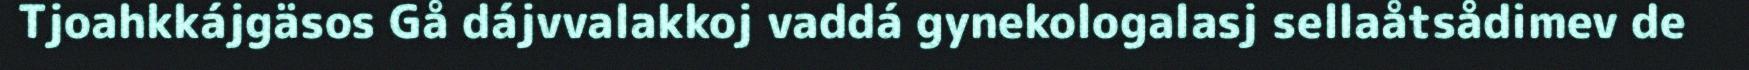
Tjoahkkájgäsos Gå dájvvalakkoj vaddá gynekologalasj sellaåtsådimev de